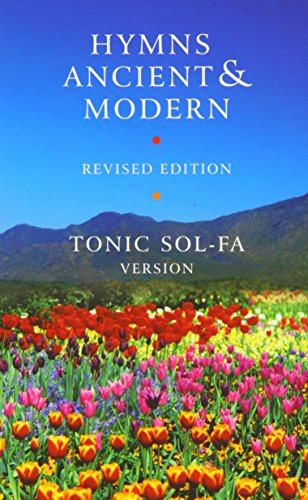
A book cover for Hymns Ancient and Modern: Revised Version Tonic Sol-fa edition; Christian Books & Bibles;